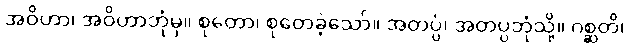
အဝိဟာ၊ အဝိဟာဘုံမှ။ စုတော၊ စုတေခဲ့သော်။ အတပ္ပံ၊ အတပ္ပဘုံသို့။ ဂစ္ဆတိ၊